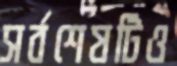
সর্বশেষটিও